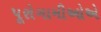
પૂરોગામીઓએ